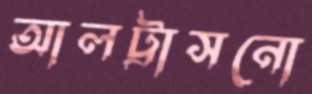
আলট্রাসনো